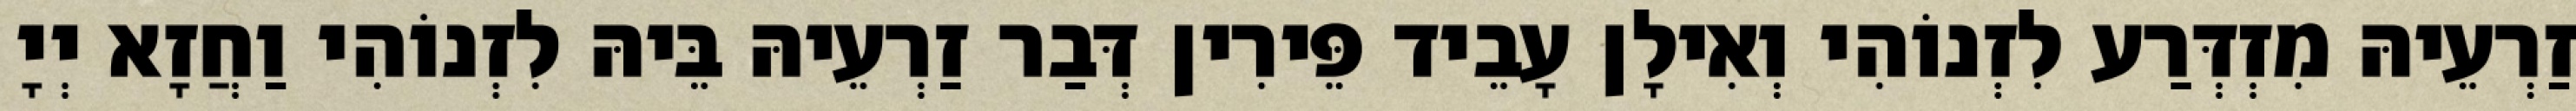
זַרְעֵיהּ מִזְדְּרַע לִזְנוֹהִי וְאִילָן עָבֵיד פֵּירִין דְּבַר זַרְעֵיהּ בֵּיהּ לִזְנוֹהִי וַחֲזָא יְיָ